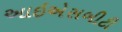
આઇએસબીટી